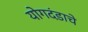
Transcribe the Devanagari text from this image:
योगदंडाचे